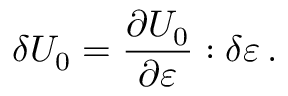
\delta U _ { 0 } = { \frac { \partial U _ { 0 } } { \partial { \boldsymbol { \varepsilon } } } } : \delta { \boldsymbol { \varepsilon } } \, .